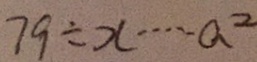
7 9 \div x \cdots a ^ { 2 }